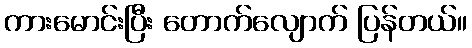
ကားမောင်းပြီး တောက်လျောက် ပြန်တယ်။